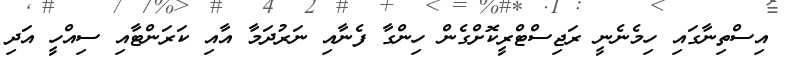
އިސްތިނާގައި ހިމެނެނީ ރަޖިސްޓްރީކޮށްގެން ހިންގާ ފެނާއި ނަރުދަމާ އާއި ކަރަންޓާއި ސިއްހީ އަދި